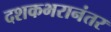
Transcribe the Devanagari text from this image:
दशकभरानंतर